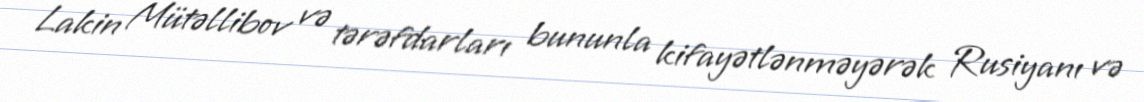
Lakin Mütəllibov və tərəfdarları bununla kifayətlənməyərək Rusiyanı və